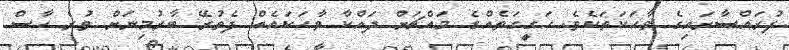
ފުރައްސާރައިގެ ވާހަކަތަކެވެ. ހަގީގަތެއްގެ މައްޗަށް ދައްކާ ވާހަކައެއް ފެތުރޭ ބާރުމިނަށް ވުރެ ހާސް